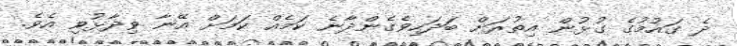
ދެ ގައުމުގެ ގުޅުން އިތުރަށް ބަދަހިވެގެންދާނެ ކަމެއް ކަމަށް އޭނާ ވިދާޅުވި އެވެ.